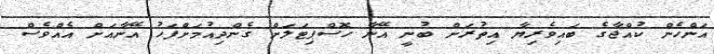
އަންހެން ކުއްޖާގެ ބައިވެރިޔާ އިތުރަށް ބުނީ އޭނާ ހޮސްޕިޓަލަށް ގެންދިއުމަށްފަހު އޭނާއަށް އެއްވެސް